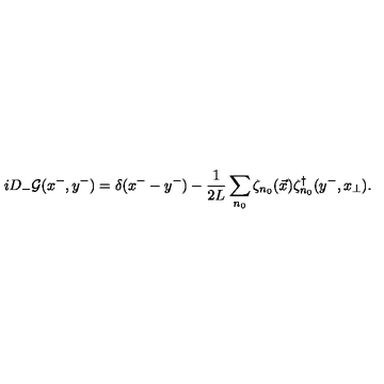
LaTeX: i D _ { - } { \cal G } ( x ^ { - } , y ^ { - } ) = \delta ( x ^ { - } - y ^ { - } ) - \frac { 1 } { 2 L } \sum _ { n _ { 0 } } \zeta _ { n _ { 0 } } ( \vec { x } ) \zeta _ { n _ { 0 } } ^ { \dagger } ( y ^ { - } , x _ { \perp } ) .